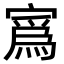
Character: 寪